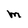
Character: M